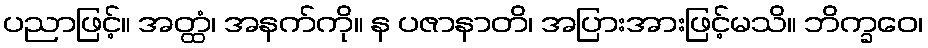
ပညာဖြင့်။ အတ္ထံ၊ အနက်ကို။ န ပဇာနာတိ၊ အပြားအားဖြင့်မသိ။ ဘိက္ခဝေ၊